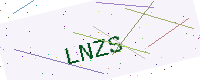
Text: LNZS